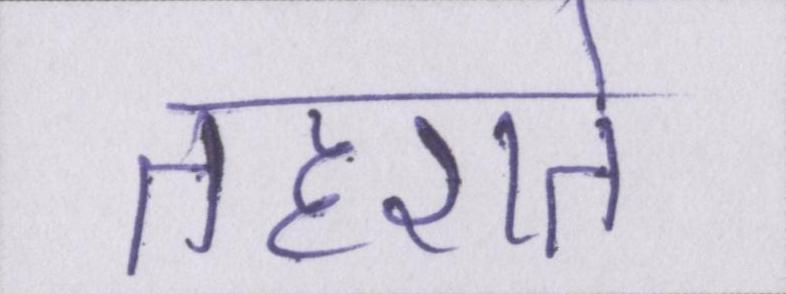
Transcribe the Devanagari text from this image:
लहराते